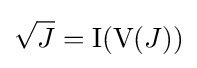
{\sqrt {J}}={\hbox{I}}({\hbox{V}}(J))